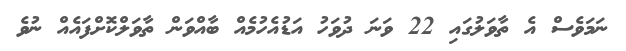
ނަމަވެސް އެ ތާވަލުގައި 22 ވަނަ ދުވަހު އަޑުއެހުމެއް ބާއްވަން ތާވަލްކޮށްފައެއް ނުވެ